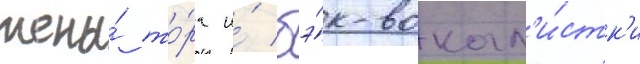
жены́ то́ра и́ бэ́к-вокал'и́стк'и